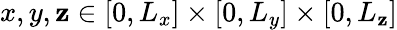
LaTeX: x,y,\mathbf{z}\in[0,L_{x}]\times[0,L_{y}]\times[0,L_{\mathbf{z}}]